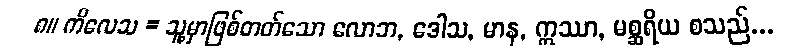
၈။ ကိလေသ = သူ့မှာဖြစ်တတ်သော လောဘ, ဒေါသ, မာန, ဣဿာ, မစ္ဆရိယ စသည်...